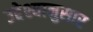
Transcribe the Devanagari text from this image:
उद्देश्यानुसार